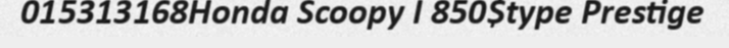
015313168Honda Scoopy I 850$type Prestige